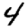
Digit: 4